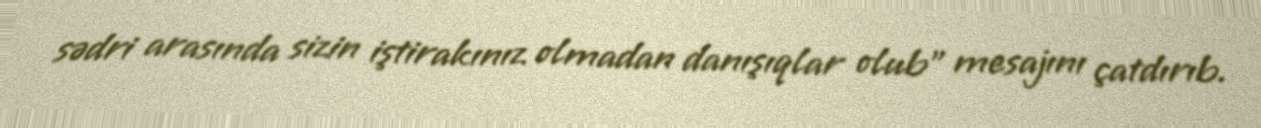
sədri arasında sizin iştirakınız olmadan danışıqlar olub” mesajını çatdırıb.